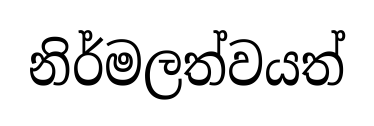
නිර්මලත්වයත්